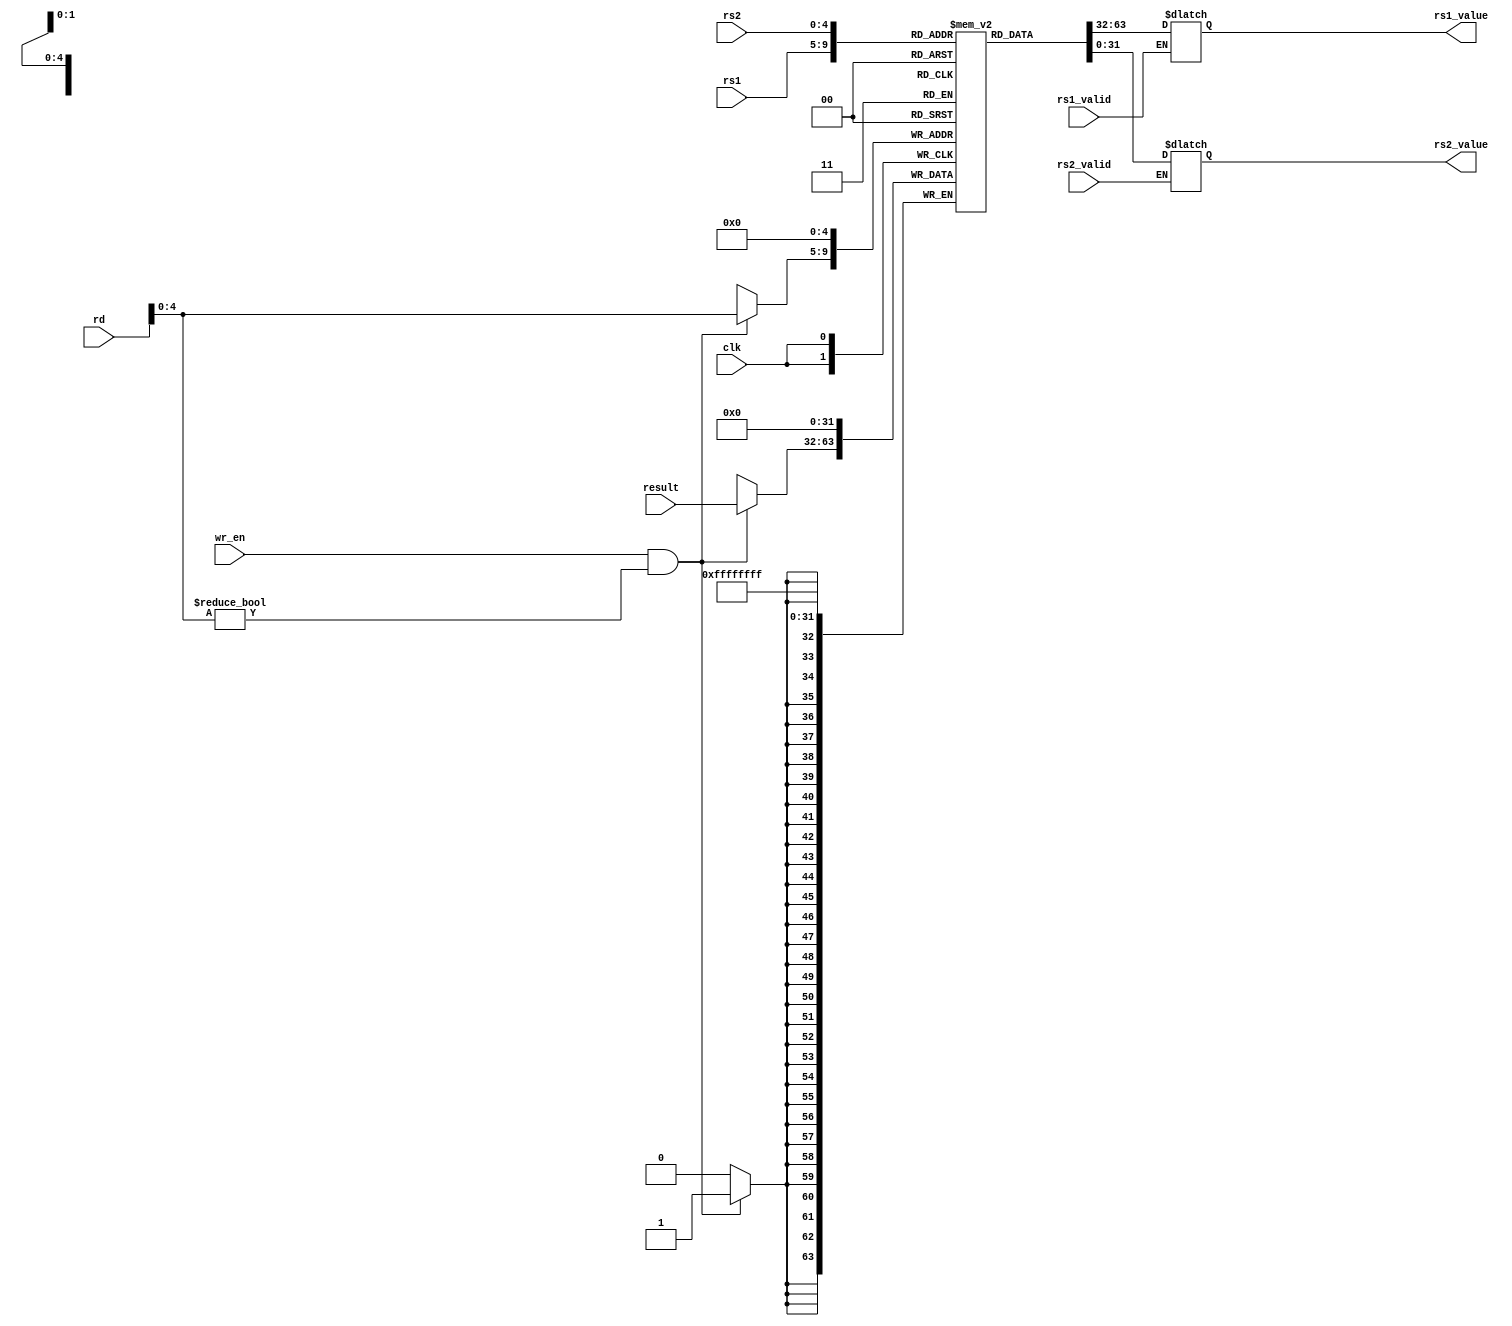

module registerfile(
	input clk,
	input [4:0]rs1,
	input [4:0]rs2,
	input rs1_valid,
	input rs2_valid,
	input [31:0]rd,
	input wr_en,
	input [31:0]result,
 
	output reg [31:0]rs1_value,
	output reg [31:0]rs2_value
);    
	reg [31:0] register_file [31:0];
 // register file of 32 registers
initial begin
	register_file[0]=0;
	register_file[1]=0;
	register_file[2]=0;
	register_file[3]=0;
    register_file[4]=0;
	register_file[5]=0;
	register_file[6]=0;
	register_file[7]=0;
	register_file[8]=0;
	register_file[9]=0;
	register_file[10]=0;
	register_file[11]=0;
	register_file[12]=0;
	register_file[13]=0;
	register_file[14]=0;
	register_file[15]=0;
	register_file[16]=0;
	register_file[17]=0;
	register_file[18]=0;
	register_file[19]=0;
	register_file[20]=0;
	register_file[21]=0;
	register_file[22]=0;
	register_file[23]=0;
	register_file[24]=0;
	register_file[25]=0;
	register_file[26]=0;
	register_file[27]=0;
	register_file[28]=0;
	register_file[29]=0;
	register_file[30]=0;
	register_file[31]=0;
end

always@(*) begin       // combinational read logic
	if (rs1_valid) rs1_value <= register_file[rs1[4:0]];
	if (rs2_valid) rs2_value <= register_file[rs2[4:0]];
end

always @(posedge clk) begin  //sequential write logic 
	register_file[0]<=0;
	if (wr_en&&rd[4:0]!=0) begin
		register_file[rd[4:0]]<=result;
   end
end 
endmodule